Vaccination North-Western Provinces 1866-1877 - 1866-1877
Year: 1866
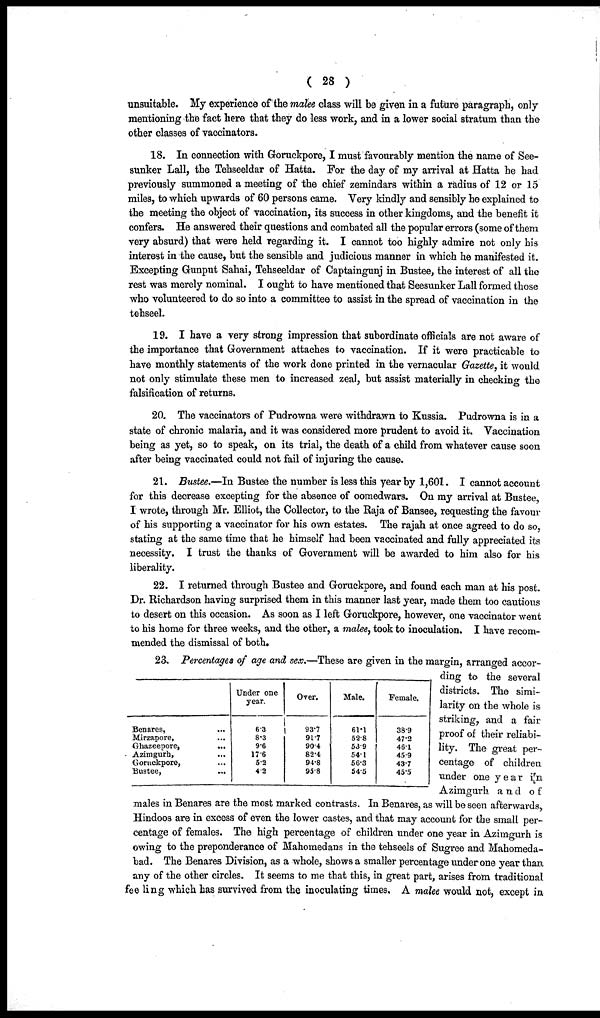
( 28 )
unsuitable. My experience of the malee class will be given in a future paragraph, only
mentioning the fact here that they do less work, and in a lower social stratum than the
other classes of vaccinators.
18. In connection with Goruckpore, I must favourably mention the name of See¬
sunker Lall, the Tehseeldar of Hatta. For the day of my arrival at Hatta he had
previously summoned a meeting of the chief zemindars within a radius of 12 or 15
miles, to which upwards of 60 persons came. Very kindly and sensibly he explained to
the meeting the object of vaccination, its success in other kingdoms, and the benefit it
confers. He answered their questions and combated all the popular errors (some of them
very absurd) that were held regarding it. I cannot too highly admire not only his
interest in the cause, but the sensible and judicious manner in which he manifested it.
Excepting Gunput Sahai, Tehseeldar of Captaingunj in Bustee, the interest of all the
rest was merely nominal. I ought to have mentioned that Seesunker Lall formed those
who volunteered to do so into a committee to assist in the spread of vaccination in the
tehseel.
19. I have a very strong impression that subordinate officials are not aware of
the importance that Government attaches to vaccination. If it were practicable to
have monthly statements of the work done printed in the vernacular Gazette, it would
not only stimulate these men to increased zeal, but assist materially in checking the
falsification of returns.
20. The vaccinators of Pudrowna were withdrawn to Kussia. Pudrowna is in a
state of chronic malaria, and it was considered more prudent to avoid it. Vaccination
being as yet, so to speak, on its trial, the death of a child from whatever cause soon
after being vaccinated could not fail of injuring the cause.
21. Bustee.—In Bustee the number is less this year by 1,601. I cannot account
for this decrease excepting for the absence of oomedwars. On my arrival at Bustee,
I wrote, through Mr. Elliot, the Collector, to the Raja of Bansee, requesting the favour
of his supporting a vaccinator for his own estates. The rajah at once agreed to do so,
stating at the same time that he himself had been vaccinated and fully appreciated its
necessity. I trust the thanks of Government will be awarded to him also for his
liberality.
22. I returned through Bustee and Goruckpore, and found each man at his post.
Dr. Richardson having surprised them in this manner last year, made them too cautious
to desert on this occasion. As soon as I left Goruckpore, however, one vaccinator went
to his home for three weeks, and the other, a malee, took to inoculation. I have recom-
mended the dismissal of both.
Benares, ...
Mirzapore, ...
Ghazeepore,
...
Azimgurh, ...
Gorackpore, ...
Bustee,
...
Under one
year.
6.3
8.3
9.6
17.6
5.2
4.2
Over.
93.7
91.7
90.4
82.4
94.8
93.8
Male.
61.1
52.8
53.9
54.1
56.3
54.5
Female.
38.9
47.2
46.1
45.9
43.7
45.5
23. Percentages of age and sex.—These are given in the margin, arranged accor-
ding to the several
districts. The simi-
larity on the whole is
striking, and a fair
proof of their reliabi-
lity. The great per-
centage of children
under one year in
Azimgurh and of
males in Benares are the most marked contrasts. In Benares, as will be seen afterwards,
Hindoos are in excess of even the lower castes, and that may account for the small per-
centage of females. The high percentage of children under one year in Azimgurh is
owing to the preponderance of Mahomedans in the tehseels of Sugree and Mahomeda¬
bad. The Benares Division, as a whole, shows a smaller percentage under one year than
any of the other circles. It seems to me that this, in great part, arises from traditional
feeling which has survived from the inoculating times. A malee would not, except in